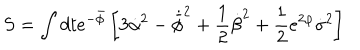
S = \int d t e ^ { - \bar { \phi } } \left[ 3 \dot { \alpha } ^ { 2 } - \dot { \bar { \phi } } ^ { 2 } + { \frac { 1 } { 2 } } \dot { \beta } ^ { 2 } + { \frac { 1 } { 2 } } e ^ { 2 \varphi } \dot { \sigma } ^ { 2 } \right]